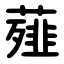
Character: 薤